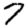
Digit: 7